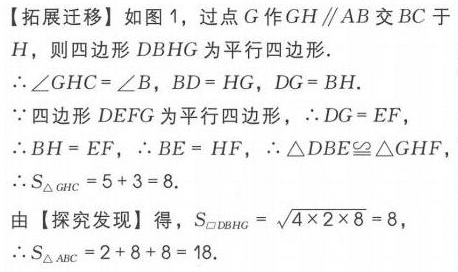
【拓展迁移】如图 1，过点 \(G\) 作 \(GH\parallel AB\) 交 \(BC\) 于 \(H\)，则四边形 \(DBHG\) 为平行四边形.
\(\therefore\angle GHC=\angle B\)，\(BD = HG\)，\(DG = BH\).
\(\because\) 四边形 \(DEFG\) 为平行四边形，\(\therefore DG = EF\)，
\(\therefore BH = EF\)，\(\therefore BE = HF\)，\(\therefore\triangle DBE\cong\triangle GHF\)
\(\therefore S_{\triangle GHC}=5 + 3 = 8\).
由【探究发现】得，\(S_{\square DBHG}=\sqrt{4\times2\times8}=8\)，
\(\therefore S_{\triangle ABC}=2 + 8+8 = 18\).